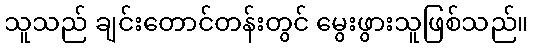
သူသည် ချင်းတောင်တန်းတွင် မွေးဖွားသူဖြစ်သည်။